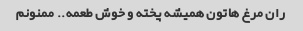
ران مرغ هاتون همیشه پخته و خوش طعمه.. ممنونم